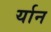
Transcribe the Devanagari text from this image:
र्यान